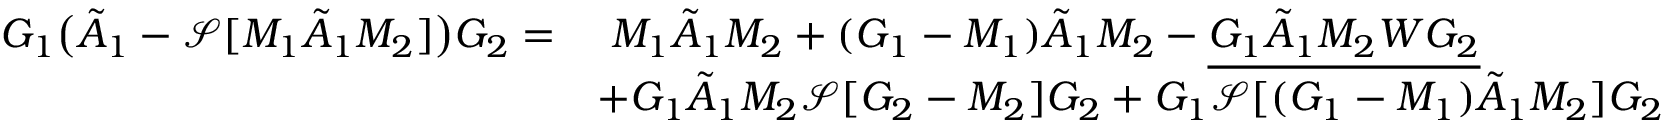
\begin{array} { r l } { G _ { 1 } \big ( \tilde { A } _ { 1 } - \mathcal { S } [ M _ { 1 } \tilde { A } _ { 1 } M _ { 2 } ] \big ) G _ { 2 } = } & { \ M _ { 1 } \tilde { A } _ { 1 } M _ { 2 } + ( G _ { 1 } - M _ { 1 } ) \tilde { A } _ { 1 } M _ { 2 } - \underline { { G _ { 1 } \tilde { A } _ { 1 } M _ { 2 } W G _ { 2 } } } } \\ & { + G _ { 1 } \tilde { A } _ { 1 } M _ { 2 } \mathcal { S } [ G _ { 2 } - M _ { 2 } ] G _ { 2 } + G _ { 1 } \mathcal { S } [ ( G _ { 1 } - M _ { 1 } ) \tilde { A } _ { 1 } M _ { 2 } ] G _ { 2 } } \end{array}